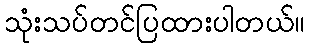
သုံးသပ်တင်ပြထားပါတယ်။